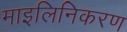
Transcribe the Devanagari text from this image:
माइलिनिकरण